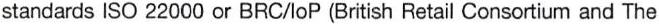
standards ISO 22000 or BRC/loP (British Retail Consortium and The